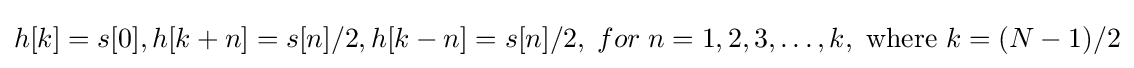
h[k]=s[0],h[k+n]=s[n]/2,h[k-n]=s[n]/2,\;for\;n=1,2,3,\ldots ,k,{\text{ where }}k=(N-1)/2